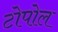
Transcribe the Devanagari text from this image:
टोपोल